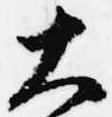
大